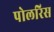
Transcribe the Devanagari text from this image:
पोलरिस